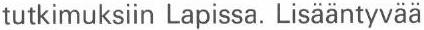
tutkimuksiin Lapissa. Lisääntyvää